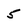
Character: 5